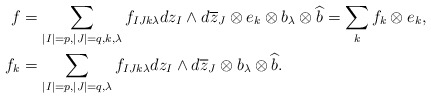
\begin{align*} f&=\sum_{|I|=p,|J|=q,k,\lambda}f_{IJk\lambda}dz_I\wedge d\overline{z}_J\otimes e_k\otimes b_\lambda\otimes \widehat{b}=\sum_k f_k \otimes e_k,\\ f_k&=\sum_{|I|=p,|J|=q,\lambda}f_{IJk\lambda}dz_I\wedge d\overline{z}_J\otimes b_\lambda\otimes \widehat{b}. \end{align*}